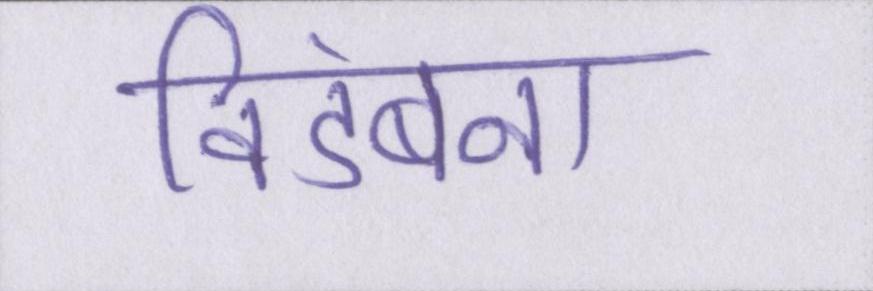
विडंबना